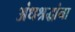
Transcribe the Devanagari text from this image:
अंधश्रद्धांना